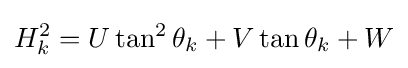
H_{k}^{2}=U\tan ^{2}\theta _{k}+V\tan \theta _{k}+W